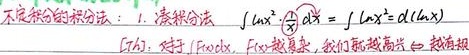
不定积分的积分法：1. 凑积分法 \(\int (\ln x)^{2}\cdot\frac{1}{x}\mathrm{d}x=\int (\ln x)^{2}\mathrm{d}(\ln x)\)
[注]：对于 \(\int f(x)\mathrm{d}x\)，\(f(x)\) 越复杂，我们就越高兴 越想报